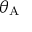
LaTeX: \theta _ { \mathrm { A } }